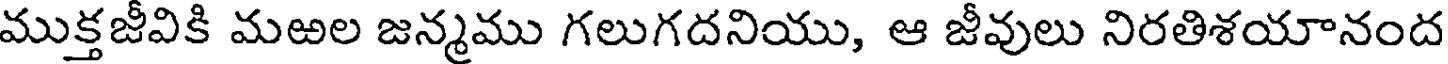
ముక్తజీవికి మఱల జన్మము గలుగదనియు, ఆ జీవులు నిరతిశయానంద